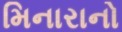
મિનારાનો